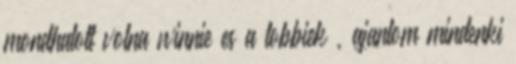
mondhatott volna winnie es a tobbiek , ajanlom mindenki